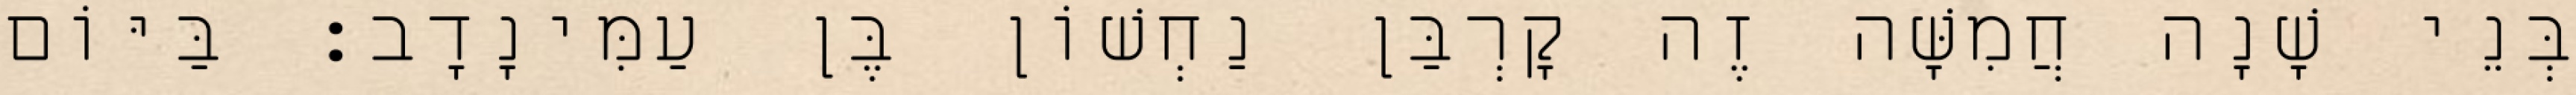
בְּנֵי שָׁנָה חֲמִשָּׁה זֶה קָרְבַּן נַחְשׁוֹן בֶּן עַמִּינָדָב׃ בַּיּוֹם